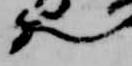
歟